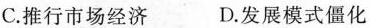
C.推行市场经济 D.发展模式僵化